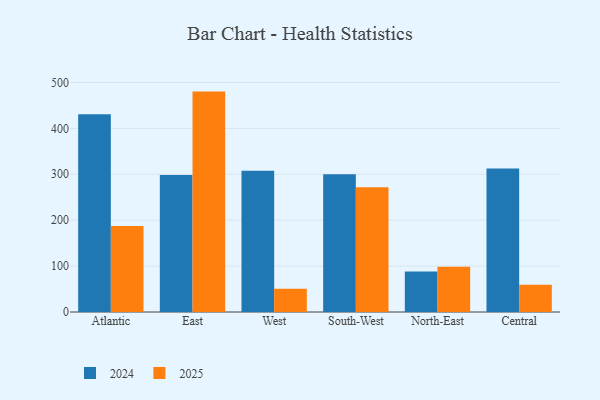
{"axis": {"x": "Region", "y": "Page Views"}, "legend": ["2024", "2025"], "data": [{"x": "Atlantic", "y": 431.0, "type": "2024"}, {"x": "Atlantic", "y": 187.2, "type": "2025"}, {"x": "East", "y": 298.3, "type": "2024"}, {"x": "East", "y": 480.1, "type": "2025"}, {"x": "West", "y": 307.9, "type": "2024"}, {"x": "West", "y": 50.4, "type": "2025"}, {"x": "South-West", "y": 299.8, "type": "2024"}, {"x": "South-West", "y": 271.6, "type": "2025"}, {"x": "North-East", "y": 88.0, "type": "2024"}, {"x": "North-East", "y": 98.6, "type": "2025"}, {"x": "Central", "y": 312.7, "type": "2024"}, {"x": "Central", "y": 59.1, "type": "2025"}]}